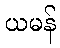
ယမန်